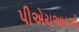
પીએચઆરઓ